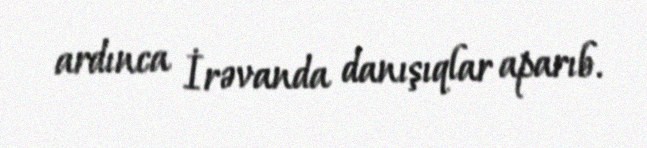
ardınca İrəvanda danışıqlar aparıb.